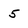
Character: 5